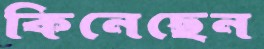
কিনেছেন